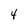
Character: 4